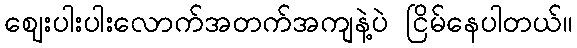
ဈေးပါးပါးလောက်အတက်အကျနဲ့ပဲ ငြိမ်နေပါတယ်။